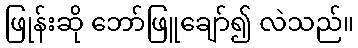
ဖြုန်းဆို ဘော်ဖြူချော်၍ လဲသည်။